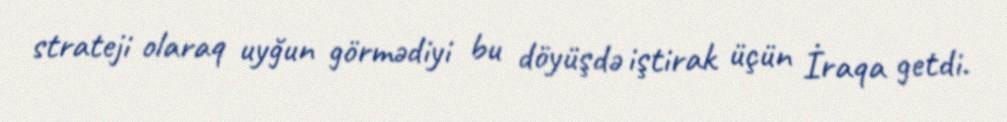
strateji olaraq uyğun görmədiyi bu döyüşdə iştirak üçün İraqa getdi.